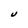
Character: U